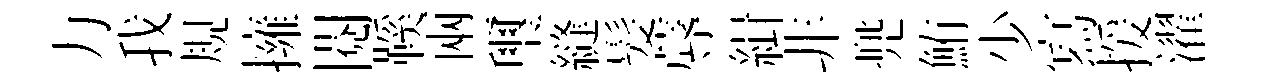
力我規擁閲鞵兩璽縫髪蓐緝非兠鮪少寫援濯